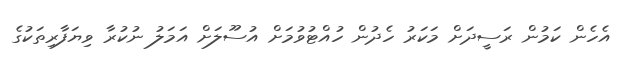
އެހެން ކަމުން ރަސީދަށް މަކަރު ހެދުން ހުއްޓުވުމަށް އުސޫލަށް އަމަލު ނުކުރާ ވިޔަފާރިތަކުގެ